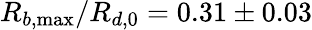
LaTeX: R_{b,\operatorname*{max}}/R_{d,0}=0.31\pm 0.03